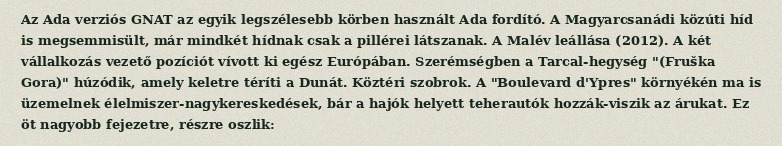
Az Ada verziós GNAT az egyik legszélesebb körben használt Ada fordító. A Magyarcsanádi közúti híd is megsemmisült, már mindkét hídnak csak a pillérei látszanak. A Malév leállása (2012). A két vállalkozás vezető pozíciót vívott ki egész Európában. Szerémségben a Tarcal-hegység "(Fruška Gora)" húzódik, amely keletre téríti a Dunát. Köztéri szobrok. A "Boulevard d'Ypres" környékén ma is üzemelnek élelmiszer-nagykereskedések, bár a hajók helyett teherautók hozzák-viszik az árukat. Ez öt nagyobb fejezetre, részre oszlik: